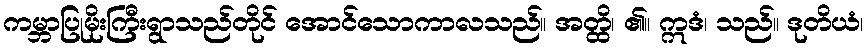
ကမ္ဘာပြုမိုးကြီးရွာသည်တိုင် အောင်သောကာလသည်။ အတ္ထိ၊ ၏။ ဣဒံ၊ သည်။ ဒုတိယံ၊